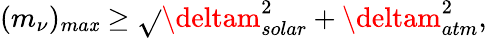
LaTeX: (m_{\nu})_{ma\mathit{x}}\geq\sqrt{}{{\deltam_{solar}^{2}+\deltam_{atm}^{2}}},